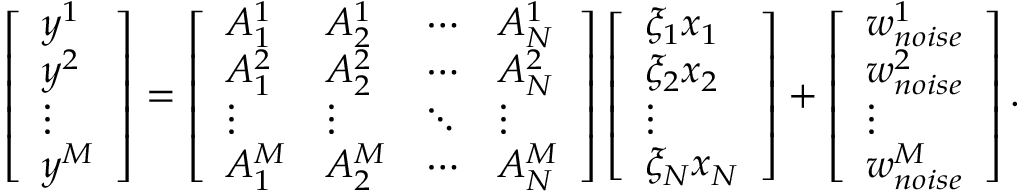
\left[ \begin{array} { l } { y ^ { 1 } } \\ { y ^ { 2 } } \\ { \vdots } \\ { y ^ { M } } \end{array} \right] = \left[ \begin{array} { l l l l } { A _ { 1 } ^ { 1 } } & { A _ { 2 } ^ { 1 } } & { \cdots } & { A _ { N } ^ { 1 } } \\ { A _ { 1 } ^ { 2 } } & { A _ { 2 } ^ { 2 } } & { \cdots } & { A _ { N } ^ { 2 } } \\ { \vdots } & { \vdots } & { \ddots } & { \vdots } \\ { A _ { 1 } ^ { M } } & { A _ { 2 } ^ { M } } & { \cdots } & { A _ { N } ^ { M } } \end{array} \right] \left[ \begin{array} { l } { \xi _ { 1 } x _ { 1 } } \\ { \xi _ { 2 } x _ { 2 } } \\ { \vdots } \\ { \xi _ { N } x _ { N } } \end{array} \right] + \left[ \begin{array} { l } { w _ { n o i s e } ^ { 1 } } \\ { w _ { n o i s e } ^ { 2 } } \\ { \vdots } \\ { w _ { n o i s e } ^ { M } } \end{array} \right] .